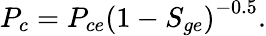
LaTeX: P_{c}=P_{ce}\left(1-S_{ge}\right)^{-0.5}.